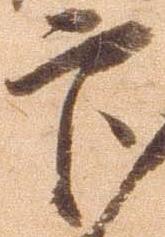
官